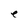
Character: e